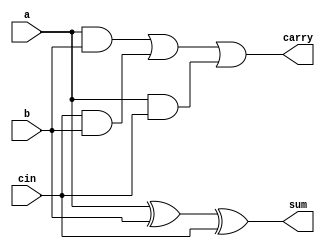
`timescale 1ns / 1ps
//Carry Select Adder: byk bit genilii gerektiren oklu bitlik toplama ilemlerini hzlandrmak iin kullanlan bir tr paralel adder'dir

//Full Adder Function
module fulladder
        (   input a,b,cin,
            output sum,carry
            );
assign sum = a ^ b ^ cin;
assign carry = (a & b) | (cin & b) | (a & cin);
endmodule

//2x1 Mux Function
module multiplexer2
        (   input i0,i1,sel,
            output reg bitout
            );
always@(i0,i1,sel)
begin
if(sel == 0)
    bitout = i0;
else
    bitout = i1; 
end
endmodule

//Carry Select Adder
module csa (   input [3:0] A,B,
            input cin,
            output [3:0] S,
            output cout
            );
        
wire [3:0] temp0,temp1,carry0,carry1;//For Temprory Variable middle calculation

//for carry 0
fulladder fa00(A[0],B[0],1'b0,temp0[0],carry0[0]);
fulladder fa01(A[1],B[1],carry0[0],temp0[1],carry0[1]);
fulladder fa02(A[2],B[2],carry0[1],temp0[2],carry0[2]);
fulladder fa03(A[3],B[3],carry0[2],temp0[3],carry0[3]);

//for carry 1
fulladder fa10(A[0],B[0],1'b1,temp1[0],carry1[0]);
fulladder fa11(A[1],B[1],carry1[0],temp1[1],carry1[1]);
fulladder fa12(A[2],B[2],carry1[1],temp1[2],carry1[2]);
fulladder fa13(A[3],B[3],carry1[2],temp1[3],carry1[3]);

//mux for carry
multiplexer2 mux_carry(carry0[3],carry1[3],cin,cout);
//mux's for sum
multiplexer2 mux_sum0(temp0[0],temp1[0],cin,S[0]);
multiplexer2 mux_sum1(temp0[1],temp1[1],cin,S[1]);
multiplexer2 mux_sum2(temp0[2],temp1[2],cin,S[2]);
multiplexer2 mux_sum3(temp0[3],temp1[3],cin,S[3]);

endmodule